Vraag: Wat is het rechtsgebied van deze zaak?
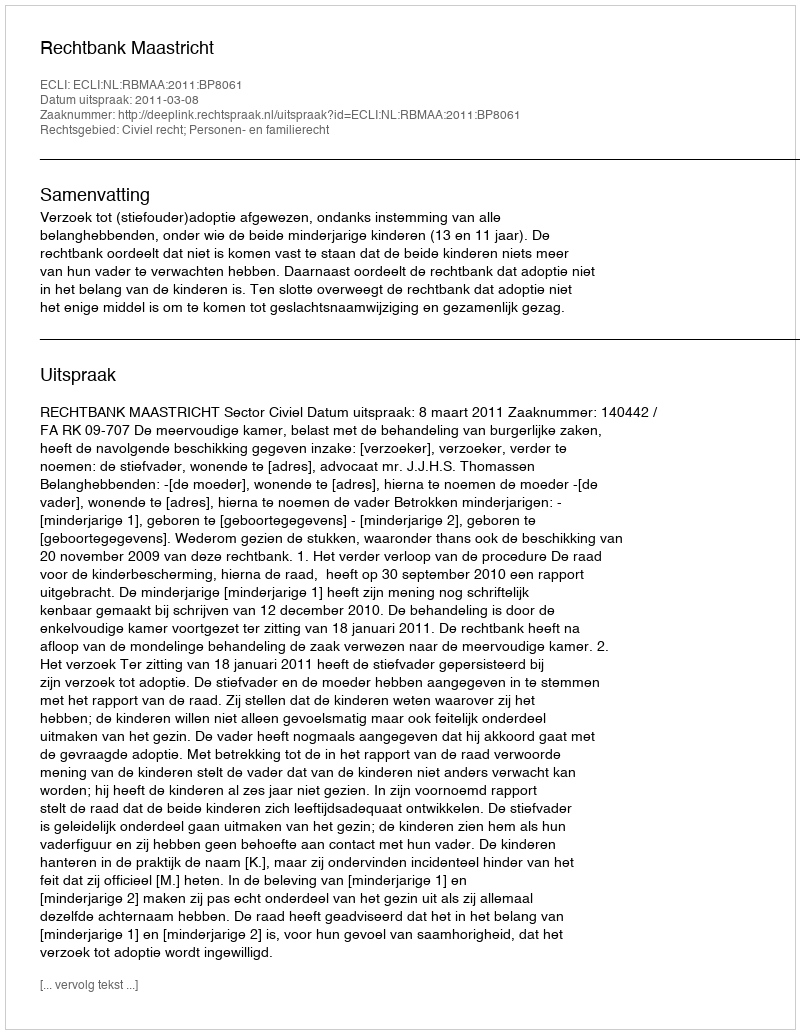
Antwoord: Civiel recht; Personen- en familierecht